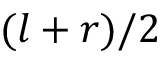
( l + r ) / 2